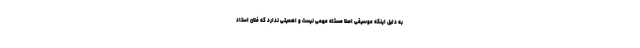
به دلیل اینکه موسیقی اصلا مسئله مهمی نیست و اهمیتی ندارد که فلان استاد